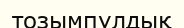
тозымпұлдық